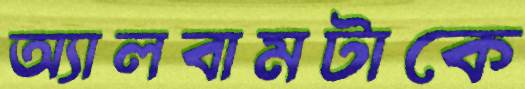
অ্যালবামটাকে